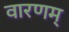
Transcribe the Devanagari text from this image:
वारणम्